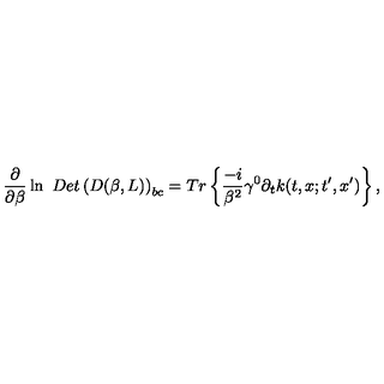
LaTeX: \frac \partial { \partial \beta } \ln \ D e t \left( D ( \beta , L ) \right) _ { b c } = T r \left\{ \frac { - i } { \beta ^ { 2 } } \gamma ^ { 0 } \partial _ { t } k ( t , x ; t ^ { \prime } , x ^ { \prime } ) \right\} ,